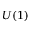
U ( 1 )